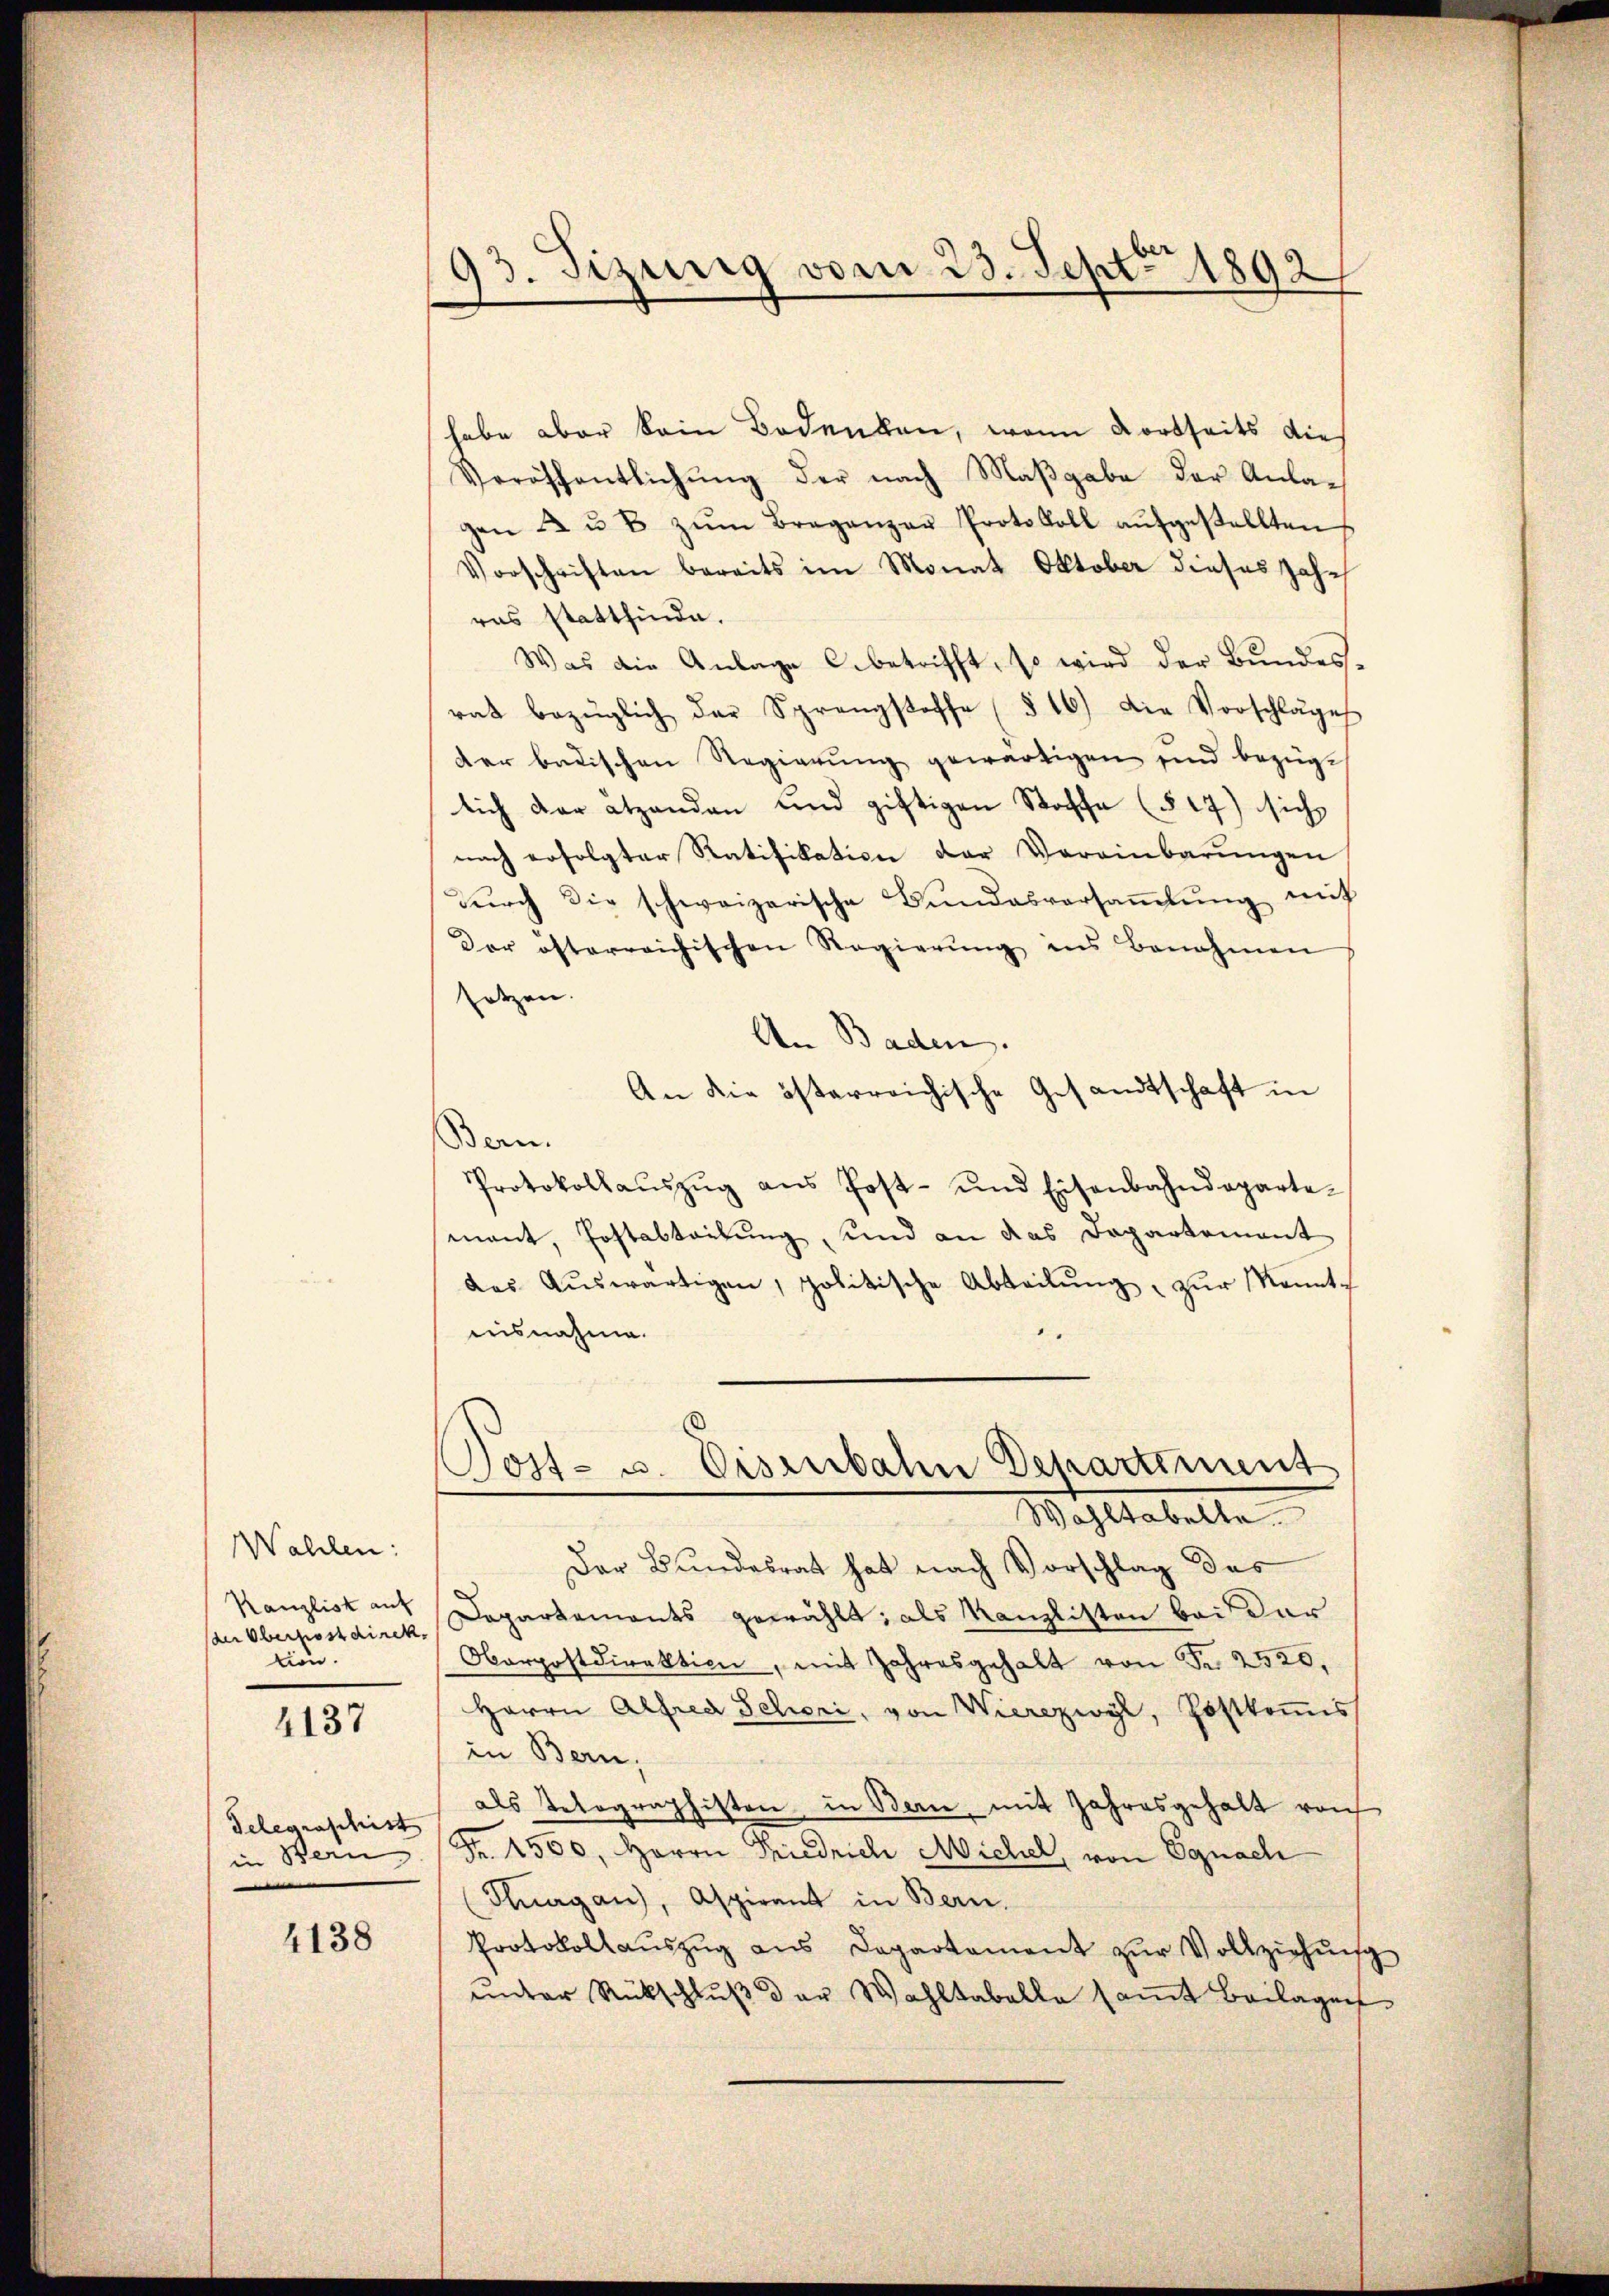
Wahlen:
Kanzlist auf
(der Oberpostdirek
tion.

4137

Telegraschist
in Bern

4138

93. Tizung vom 23. Sept. 1892/

habe aber kein Bodenken, wenn dortseits die
Veröffentlichung der nach Maßgabe der Anlagen u u B zŭm Braganzer Protokoll aŭfgestellten
Vorschriften bereits im Monat Oktober dieses Jahr
ras stattfinde.
Was die Anlage betrifft, so wird der Bŭndes-
rat bezüglich der Sprengstoffe (§ 16) Die Vorschläge
der badischen Regierŭng gewärtigen sind bezüg-
lich der atzenden und giftigen Stoffe (§ 17) sich
nach erfolgter Ratifikation der Vereinbarŭngen
durch die schweizerische Bundesversaṁlŭng mit
Dor österreichischen Regierŭng ins Benehmen
setzen.
An Baden.
An die österreichische Gesandtschaft in
Bern.
Protokollaŭszŭg aŭs Post- und Eisenbahndeparte-
mant, Postabteilung, und an das Dapartement
das Aŭswärtigen, politische Abteilŭng zŭr Konnte
nisnahme.

Jost- u. Disserbahn Departiment
Wahltabelle.

Der Bundesrat hat nach Vorschlag des
Departements gewählt; als Kanzlisten bei dar
Oberpostdirektion, mit Jahresgehalt von Fr. 2520,
Herrn Alfred Schroni, von Wierczwyl, Postkomis
in Bern,
als Tetographisten in Bern, mit Jahresgehalt von
Fr. 4500, Herrn Priedrich Michel, von Egnach
(Thurgau), Aspirant in Bern.
Protokollaŭszŭg ans Departament zŭr Vollziehŭng
unter Rückschlŭβ der Wahltabelle samt Beilagen